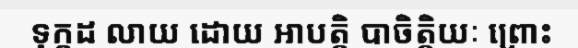
ទុក្កដ លាយ ដោយ អាបត្តិ បាចិត្តិយៈ ព្រោះ